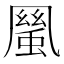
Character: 𠙬